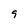
Character: 9